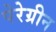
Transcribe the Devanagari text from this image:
पेरेग्रीन